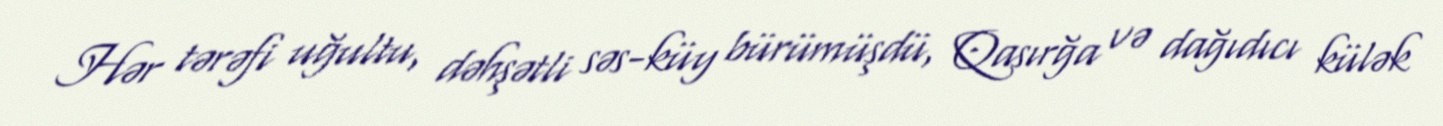
Hər tərəfi uğultu, dəhşətli səs-küy bürümüşdü, Qasırğa və dağıdıcı külək